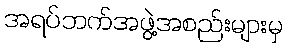
အရပ်ဘက်အဖွဲ့အစည်းများမှ